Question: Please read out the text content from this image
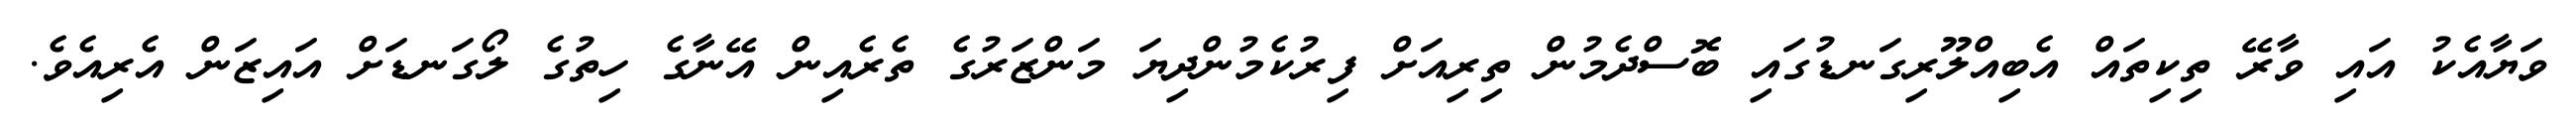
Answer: ވަޔާއެކު އައި ވާރޭ ތިކިތައް އެބިއްލޫރިގަނޑުގައި ބޮސްދެމުން ތިރިއަށް ފިރުކެމުންދިޔަ މަންޒަރުގެ ތެރެއިން އޭނާގެ ހިތުގެ ލޯގަނޑަށް އައިޒަން އެރިއެވެ.